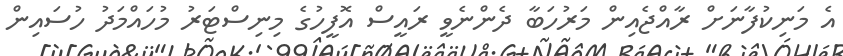
އެ މަނިކުފާނަށް ރާއްޖެއިން މަރުހަބާ ދެންނެވީ ރައީސް އޮފީހުގެ މިނިސްޓަރު މުހައްމަދު ހުސައިން